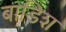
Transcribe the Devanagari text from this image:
बाडिश